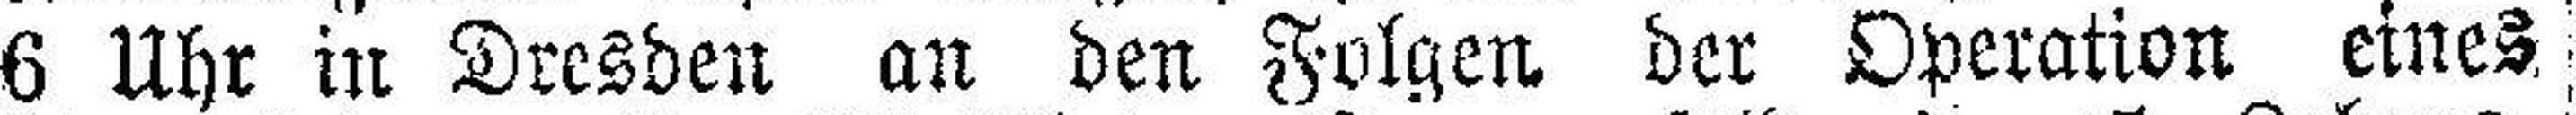
6 Uhr in Dresden an den Folgen der Operation eines